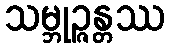
သမ္ဘုဉ္ဇန္တဿ